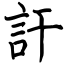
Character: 訐